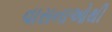
વાસનાઓથી